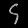
Digit: ၄